Report of the Imperial Institute of Veterinary Research, Muktesar
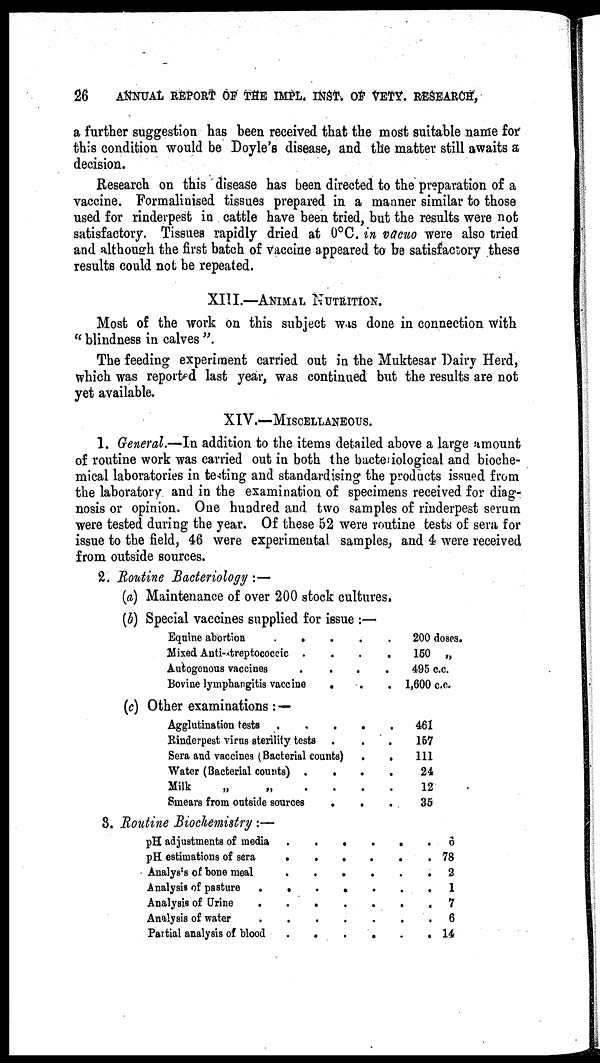
26
ANNUAL REPORT OF THE IMPL. INST. OF VETY. RESEARCH,
a further suggestion has been received that the most suitable name for
this condition would be Doyle's disease, and the matter still awaits a
decision.
Research on this disease has been directed to the preparation of a
vaccine. Formalinised tissues prepared in a manner similar to those
used for rinderpest in cattle have been tried, but the results were not
satisfactory. Tissues rapidly dried at 0°C. in vacuo were also tried
and although the first batch of vaccine appeared to be satisfactory these
results could not be repeated.
XIII.—ANIMAL NUTRITION.
Most of the work on this subject was done in connection with
" blindness in calves ".
The feeding experiment carried out in the Muktesar Dairy Herd,
which was reported last year, was continued but the results are not
yet available.
XIV.—MISCELLANEOUS.
1. General.—In addition to the items detailed above a large amount
of routine work was carried out in both the bacteriological and bioche-
mical laboratories in testing and standardising the products issued from
the laboratory and in the examination of specimens received for diag-
nosis or opinion. One hundred and two samples of rinderpest serum
were tested during the year. Of these 52 were routine tests of sera for
issue to the field, 46 were experimental samples, and 4 were received
from outside sources.
2. Routine Bacteriology :—
(a) Maintenance of over 200 stock cultures.
(b) Special vaccines supplied for issue :—
Equine abortion
....
Mixed Anti-streptococcic
....
Autogenous vaccines
....
Bovine lymphangitis vaccine
.
(c) Other examinations : —
Agglutination tests
Rinderpest virus sterility tests
Sera and vaccines (Bacterial counts) .
.
Water (Bacterial counts)
....
Milk
„
„
Smears from outside sources
.
.
8. Routine Biochemistry :—
pH adjustments of media
....
pH estimations of sera
....
Analysis of bone meal
....
Analysis of pasture .
.
.
.
.
Analysis of Urine
.....
Analysis of water
Partial analysis of blood
....
200 doses.
150 „
495 c.c.
1,600 c.c.
461
157
111
24
12
35
.
. 6
. 78
. 2
. 1
. 7
. 6
. 14